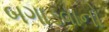
બગાડવાનો